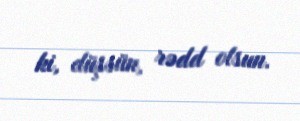
ki, düşsün, rədd olsun.